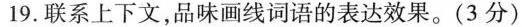
19.联系上下文，品味画线词语的表达效果。(3分)